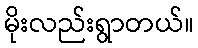
မိုးလည်းရွာတယ်။